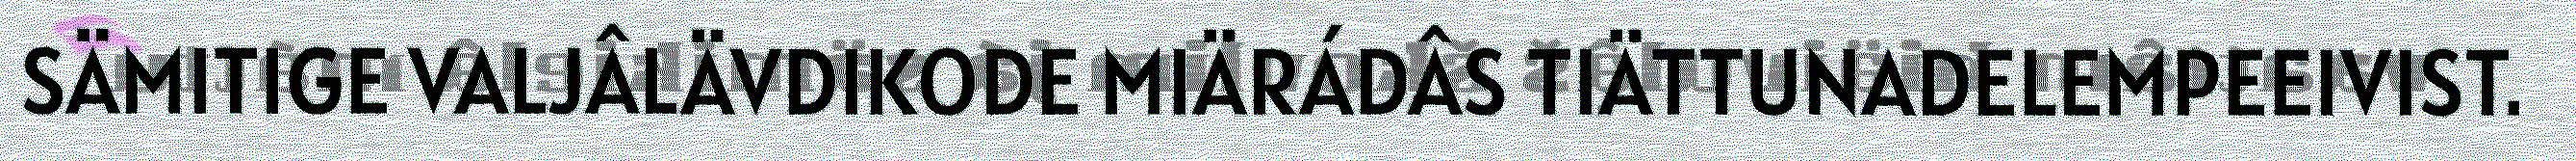
SÄMITIGE VALJÂLÄVDIKODE MIÄRÁDÂS TIÄTTUNADELEMPEEIVIST.